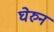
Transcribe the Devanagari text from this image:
घेरुन